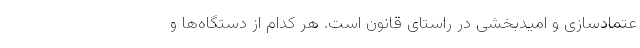
عتمادسازی و امیدبخشی در راستای قانون است. هر کدام از دستگاه‌ها و